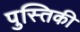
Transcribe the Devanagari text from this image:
पुस्तिकी